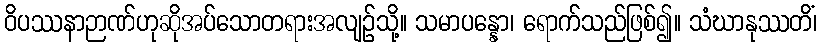
ဝိပဿနာဉာဏ်ဟုဆိုအပ်သောတရားအလျဉ်သို့။ သမာပန္နော၊ ရောက်သည်ဖြစ်၍။ သံဃာနုဿတိံ၊